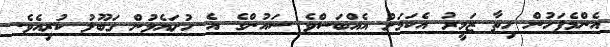
އެންމެފަހުން ހިތާ ޒަމީރު އެކަމަށް އެއްބަސްވެ ސައުންގެ އެ ހުށައެޅުން ގަބޫލު ކުރިއެވެ.